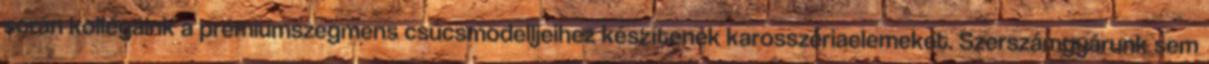
során kollégáink a prémiumszegmens csúcsmodelljeihez készítenek karosszériaelemeket. Szerszámgyárunk sem